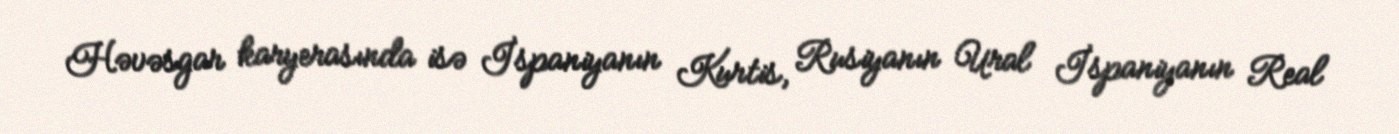
Həvəsgar karyerasında isə İspaniyanın Kurtis, Rusiyanın Ural İspaniyanın Real